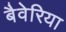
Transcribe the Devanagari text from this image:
बैवेरिया